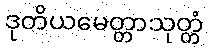
ဒုတိယမေတ္တာသုတ္တံ